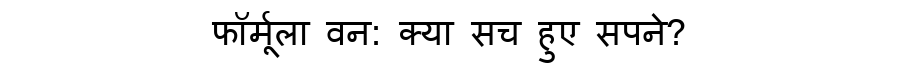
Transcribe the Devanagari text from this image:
फॉर्मूला वन: क्या सच हुए सपने?